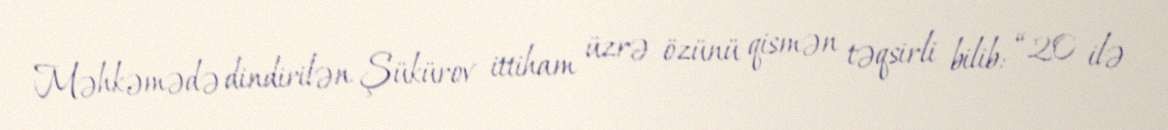
Məhkəmədə dindirilən Şükürov ittiham üzrə özünü qismən təqsirli bilib: “20 ilə